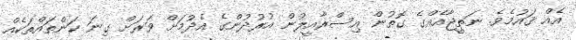
އެއް ޤައުމެވެ. ނަތީޖާއެއްގެ ގޮތުން އިސްރާއީލުން އުރުދުންގެ އެދުމަށް ވަރަށް ގިނަ ކަންތައްތަކެއް